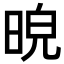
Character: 𣆿